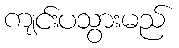
ကျင်းပသွားမည်